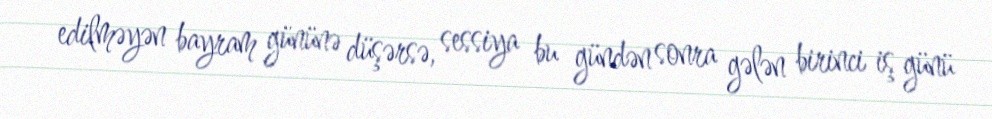
edilməyən bayram gününə düşərsə, sessiya bu gündən sonra gələn birinci iş günü